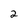
Character: 2